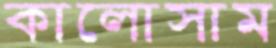
কালোসাম